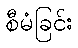
စီမံခြင်း